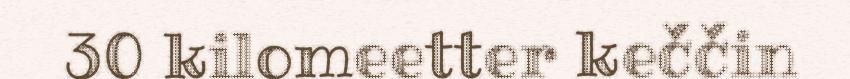
30 kilomeetter keččin